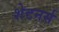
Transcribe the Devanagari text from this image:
शेटनर्स